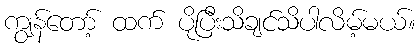
ကျွန်တော့် ထက် ပိုပြီးသိချင်သိပါလိမ့်မယ်။